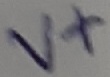
Text: V+